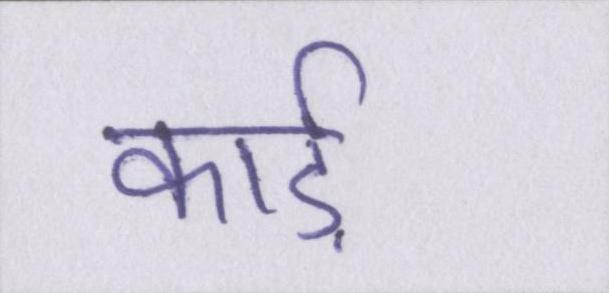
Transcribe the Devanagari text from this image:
कार्ड़